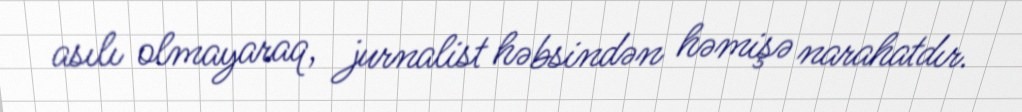
asılı olmayaraq, jurnalist həbsindən həmişə narahatdır.